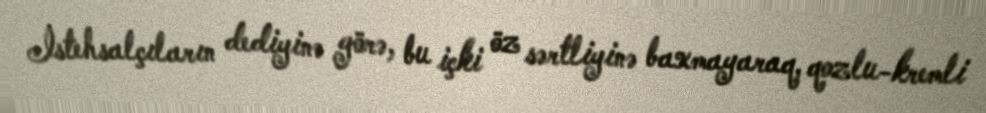
İstehsalçıların dediyinə görə, bu içki öz sərtliyinə baxmayaraq, qozlu-kremli